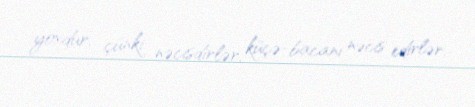
yoxdur, çünki nəcisdirlər, küçə-bacanı nəcis edirlər.